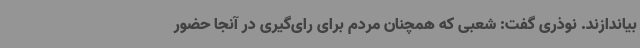
بیاندازند. نوذری گفت: شعبی که همچنان مردم برای رای‌گیری در آنجا حضور